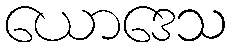
ယောဒေသ